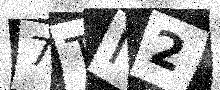
Text: 7TI2